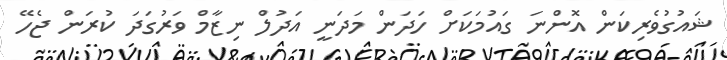
ޝައުގުވެރިކަން އޮންނަ ގައުމަކަށް ހަދަން މަދަނީ އަދުލް ނިޒާމް ވަރުގަދަ ކުރަން ޖެހޭ